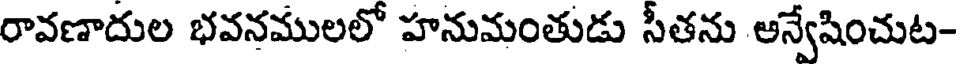
రావణాదుల భవనములలో హనుమంతుడు సీతను అన్వేషించుట-